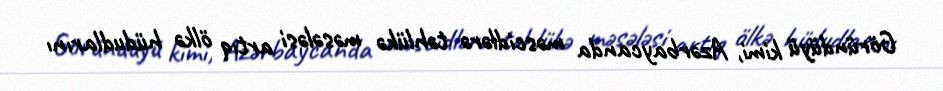
Göründüyü kimi, Azərbaycanda məscidlərə təhlükə məsələsi artıq ölkə hüdudlarını